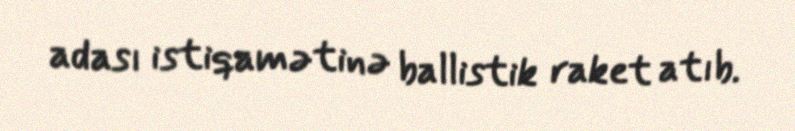
adası istiqamətinə ballistik raket atıb.